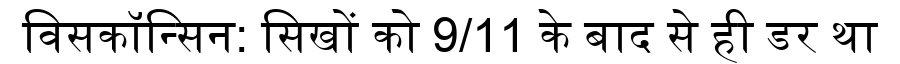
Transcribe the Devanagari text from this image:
विसकॉन्सिन: सिखों को 9/11 के बाद से ही डर था